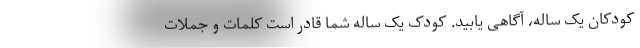
کودکان یک ساله، آگاهی یابید. کودک یک ساله شما قادر است کلمات و جملات